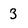
Character: 3